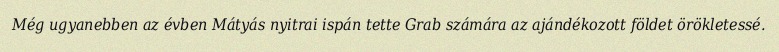
Még ugyanebben az évben Mátyás nyitrai ispán tette Grab számára az ajándékozott földet örökletessé.